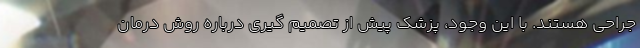
جراحی هستند. با این وجود، پزشک پیش از تصمیم گیری درباره روش درمان